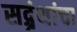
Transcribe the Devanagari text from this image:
सद्ग्रंथांचा